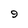
Character: 9